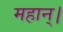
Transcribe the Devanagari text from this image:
महान्‌।